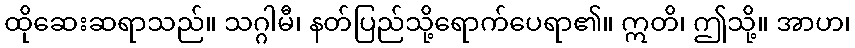
ထိုဆေးဆရာသည်။ သဂ္ဂါမီ၊ နတ်ပြည်သို့ရောက်ပေရာ၏။ ဣတိ၊ ဤသို့။ အာဟ၊